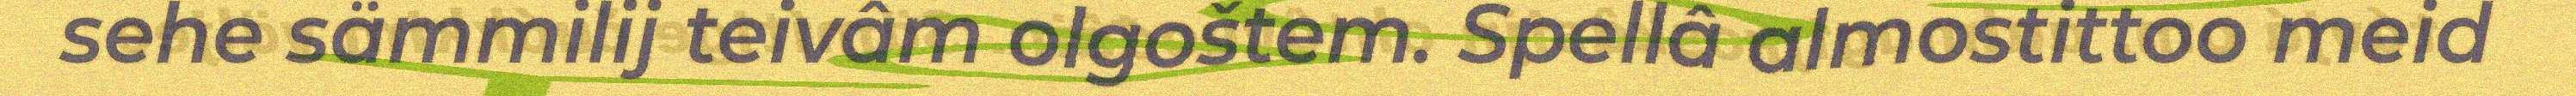
sehe sämmilij teivâm olgoštem. Spellâ almostittoo meid